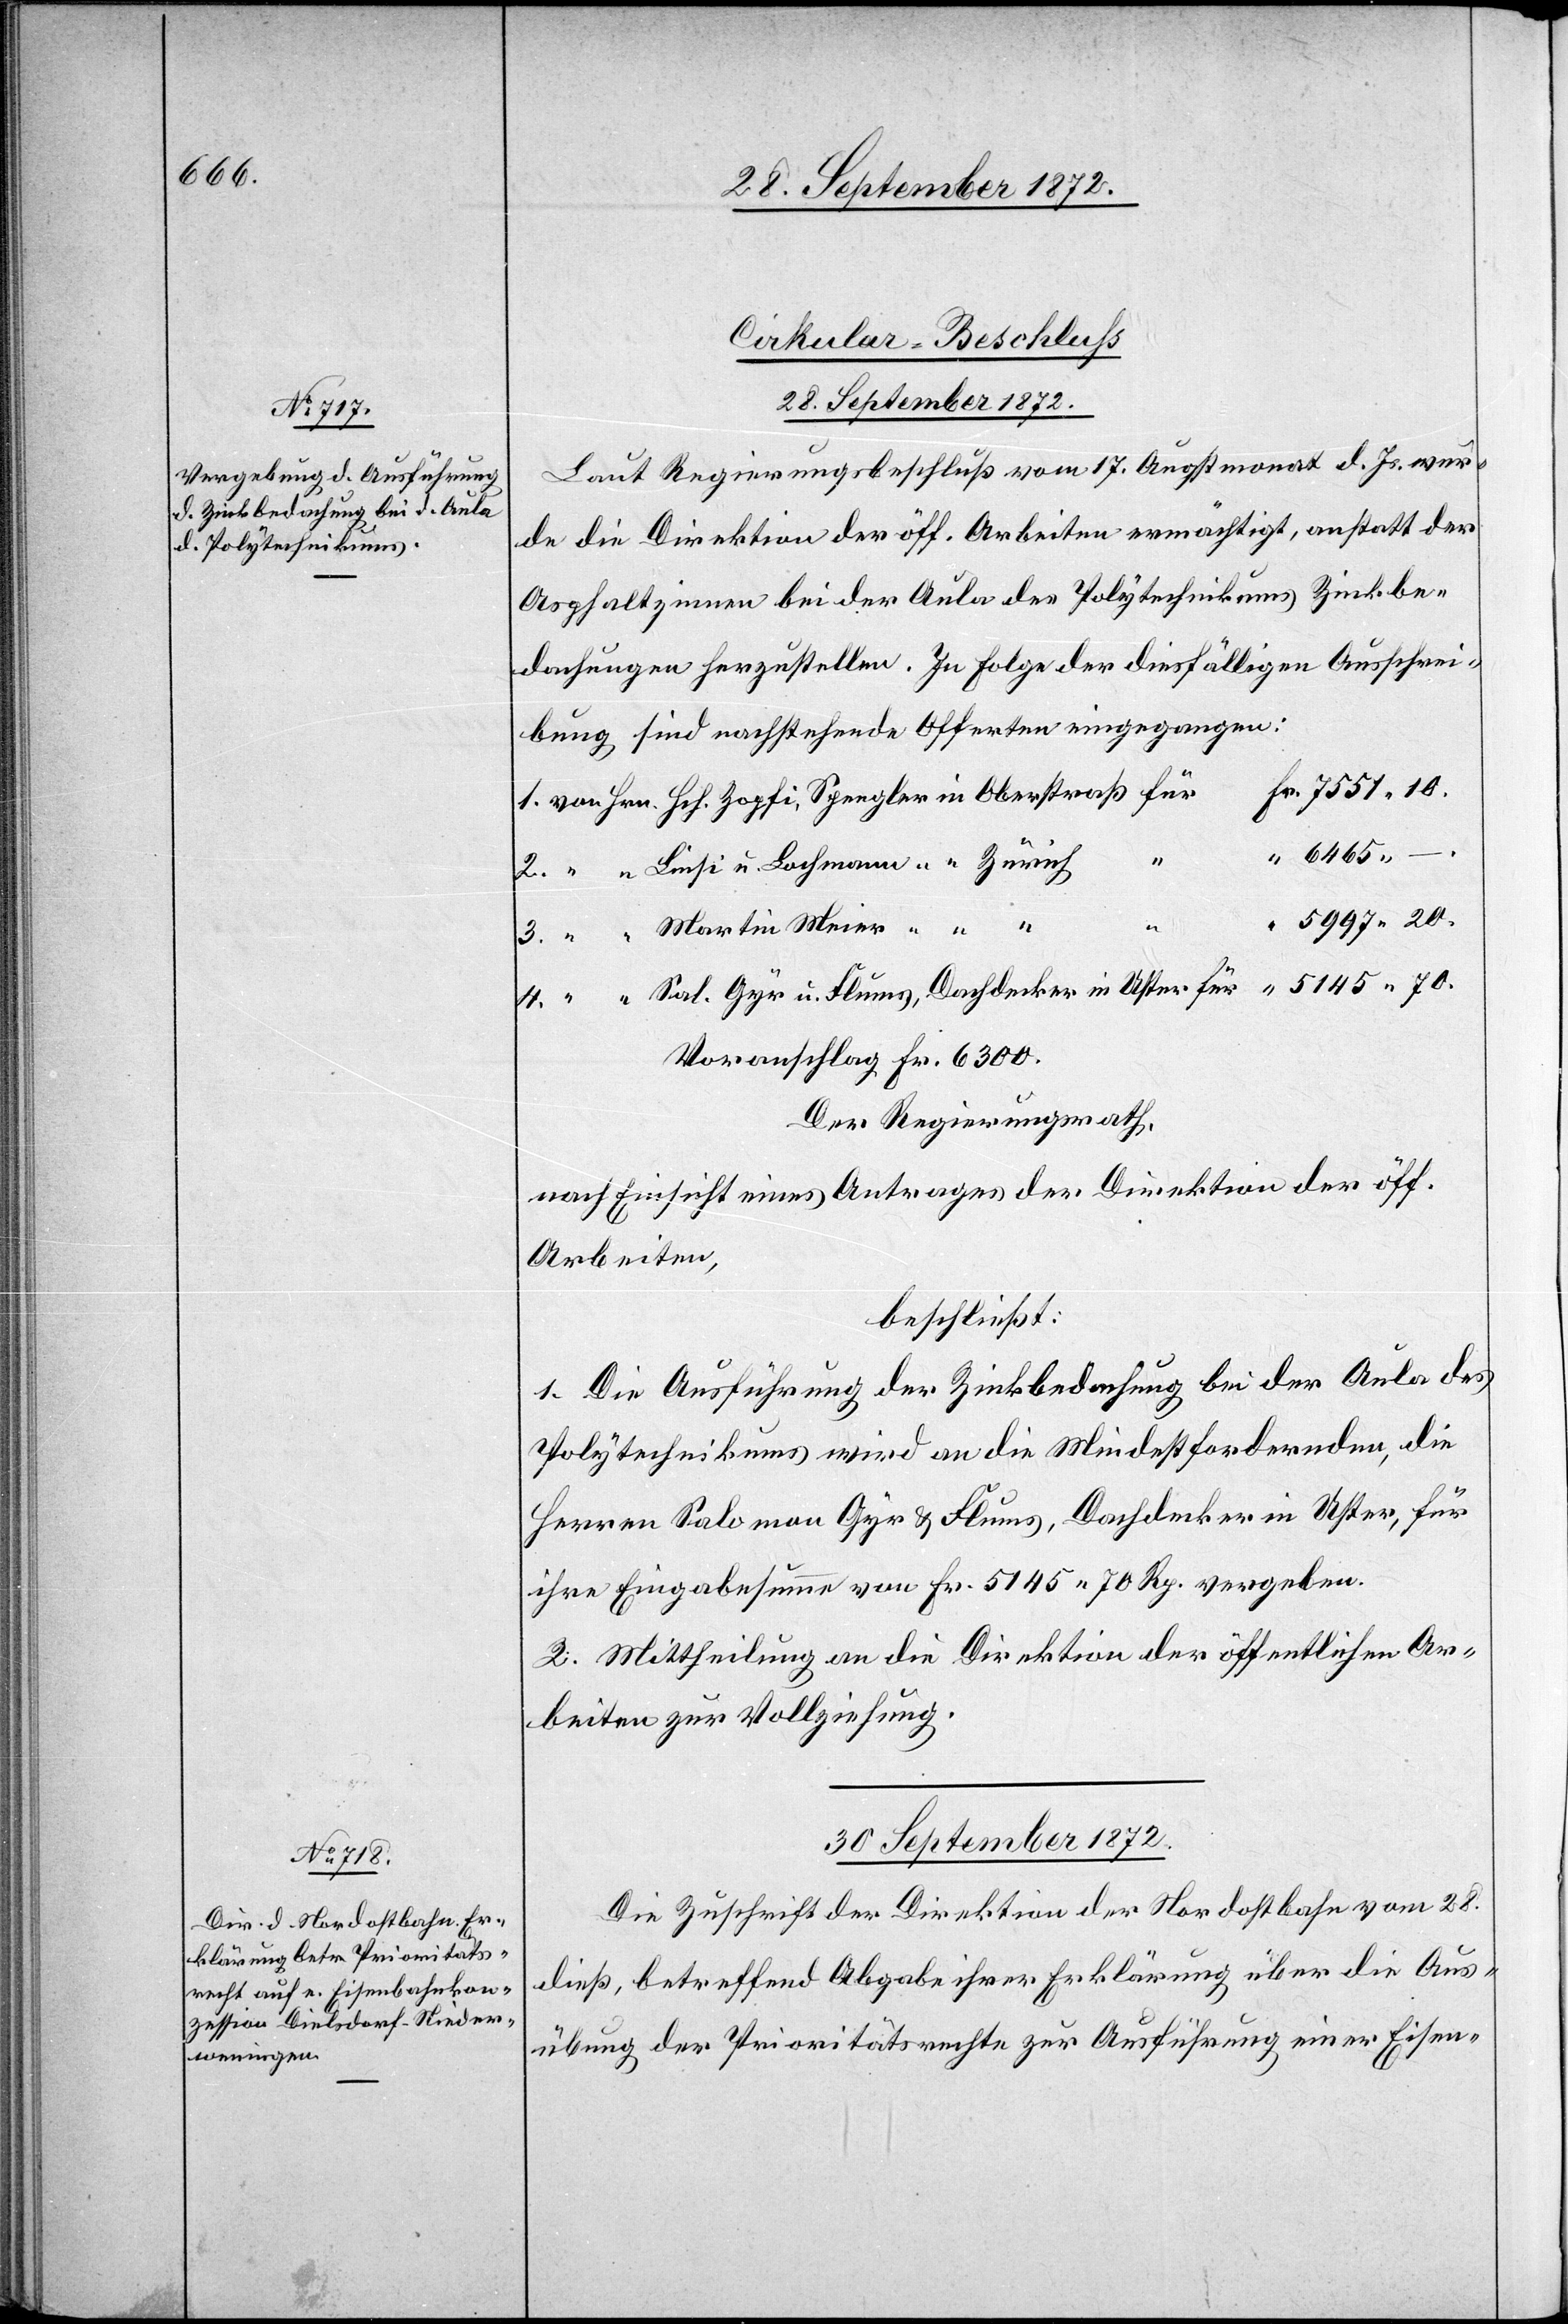
Cirkular-Beschluss
28. September 1872.
Laut Regierungsbeschluß vom 17. Augstmonat d. Js. wur¬
de die Direktion der öff. Arbeiten ermächtigt, anstatt der
Asphaltzinnen bei der Aula des Polytechnikums Zinkbe¬
dachungen herzustellen. In Folge der diesfälligen Ausschrei¬
bung sind nachstehende Offerten eingegangen:
6465
5997 20.
u.
Voranschlag Fr. 6300.
Der Regierungsrath,
nach Einsicht eines Antrages der Direktion der öff.
Arbeiten,
beschließt:
1. Die Ausführung der Zinkbedachung bei der Aula des
Polytechnikums wird an die Mindestfordernden, die
Herren Salomon Gyr u. Flums, Dachdecker in Uster, für
ihre Eingabesumme von Fr. 5145 70 Rp. vergeben.
2. Mittheilung an die Direktion der öffentlichen Ar¬
beiten zur Vollziehung.
30. September 1872.
Die Zuschrift der Direktion der Nordostbahn vom 28.
dieß, betreffend Abgabe ihrer Erklärung über die Aus¬
übung der Prioritätsrechte zur Ausführung einer Eisen-